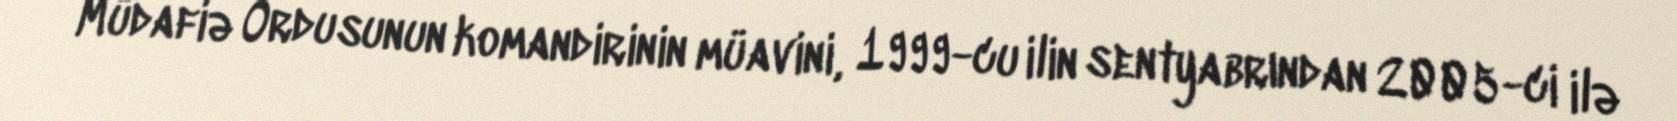
Müdafiə Ordusunun komandirinin müavini, 1999-cu ilin sentyabrından 2005-ci ilə